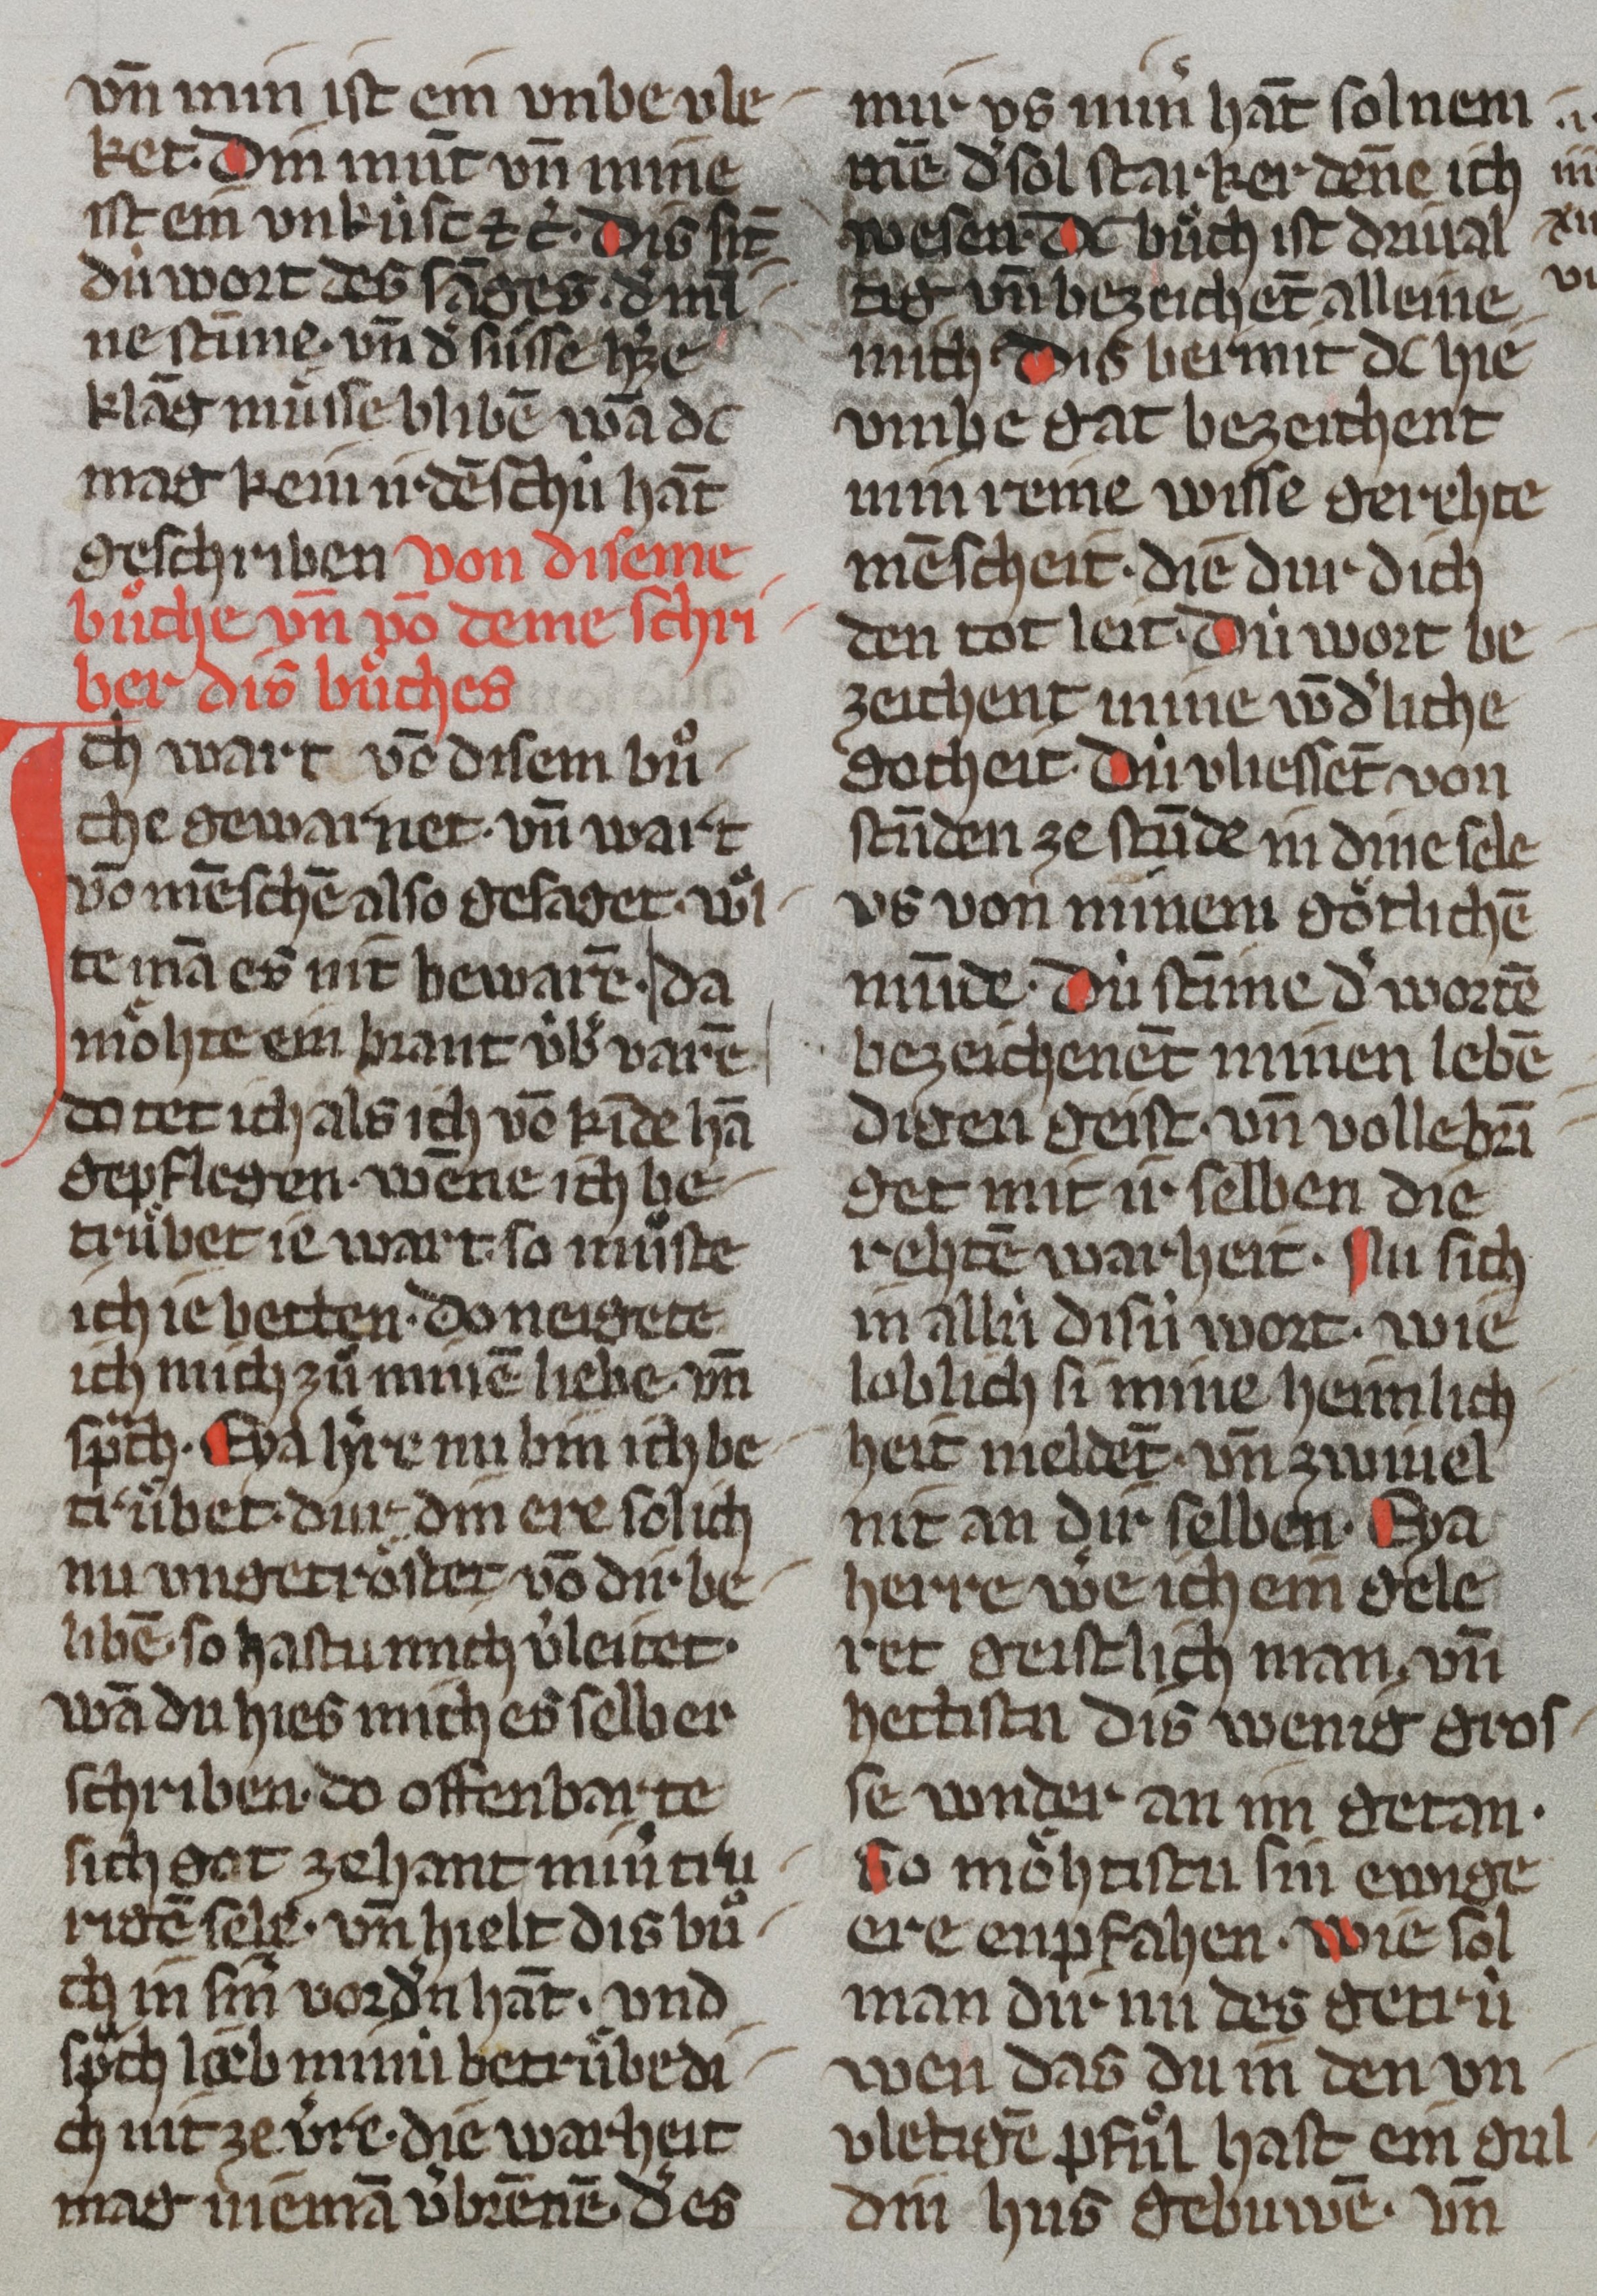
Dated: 1350–1374